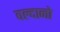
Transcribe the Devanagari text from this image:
वल्दानो